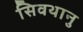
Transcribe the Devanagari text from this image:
सिवथानु